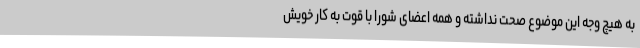
به هیچ وجه این موضوع صحت نداشته و همه اعضای شورا با قوت به کار خویش